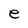
Character: e